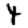
Digit: 4